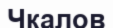
Чкалов